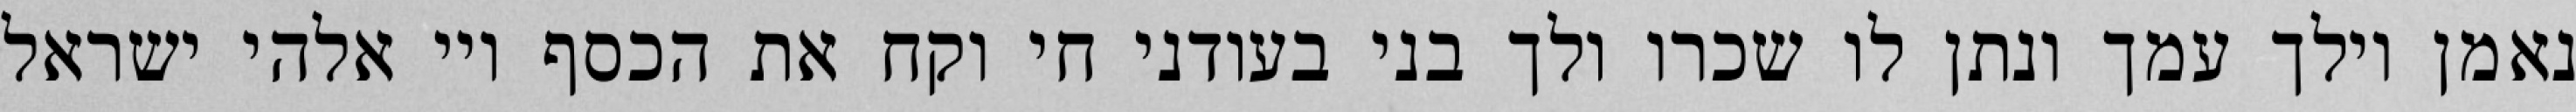
נאמן וילך עמך ונתן לו שכרו ולך בני בעודני חי וקח את הכסף ויי אלהי ישראל